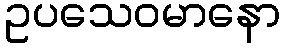
ဥပသေဝမာနော